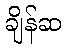
ချိန်ဆ